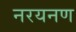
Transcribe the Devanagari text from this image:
नरयनण